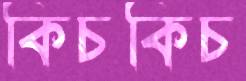
কিচকিচ